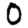
Digit: 0